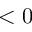
< 0